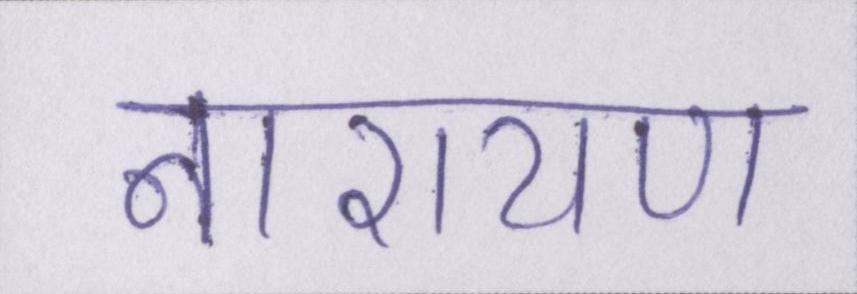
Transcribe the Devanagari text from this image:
नारायण